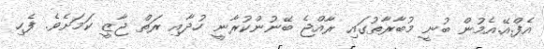
އެފް.އޭ.އެމުން ބުނީ މުބާރާތުގައި ރާއްޖެ ބޭނުންކުރާނީ ހުދާއި ރަތް ޖާޒީ ކަމަށެވެ. ފެހި